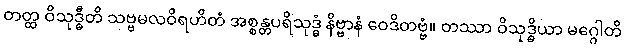
တတ္ထ ဝိသုဒ္ဓီတိ သဗ္ဗမလဝိရဟိတံ အစ္စန္တပရိသုဒ္ဓံ နိဗ္ဗာနံ ဝေဒိတဗ္ဗံ။ တဿာ ဝိသုဒ္ဓိယာ မဂ္ဂေါတိ